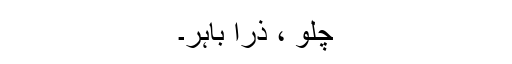
چلو ، ذرا باہر۔